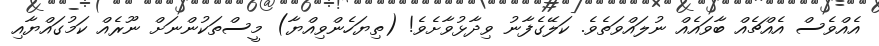
އެއްވެސް އެއްޗެއް ބާވައެއް ނުލައްވަތެވެ. ކަލޭގެފާނު ވިދާޅުވާށެވެ! (ތިޔަހެންވިއްޔާ) މީސްތަކުންނަށް ނޫރެއް ކަމުގައްޔާއި